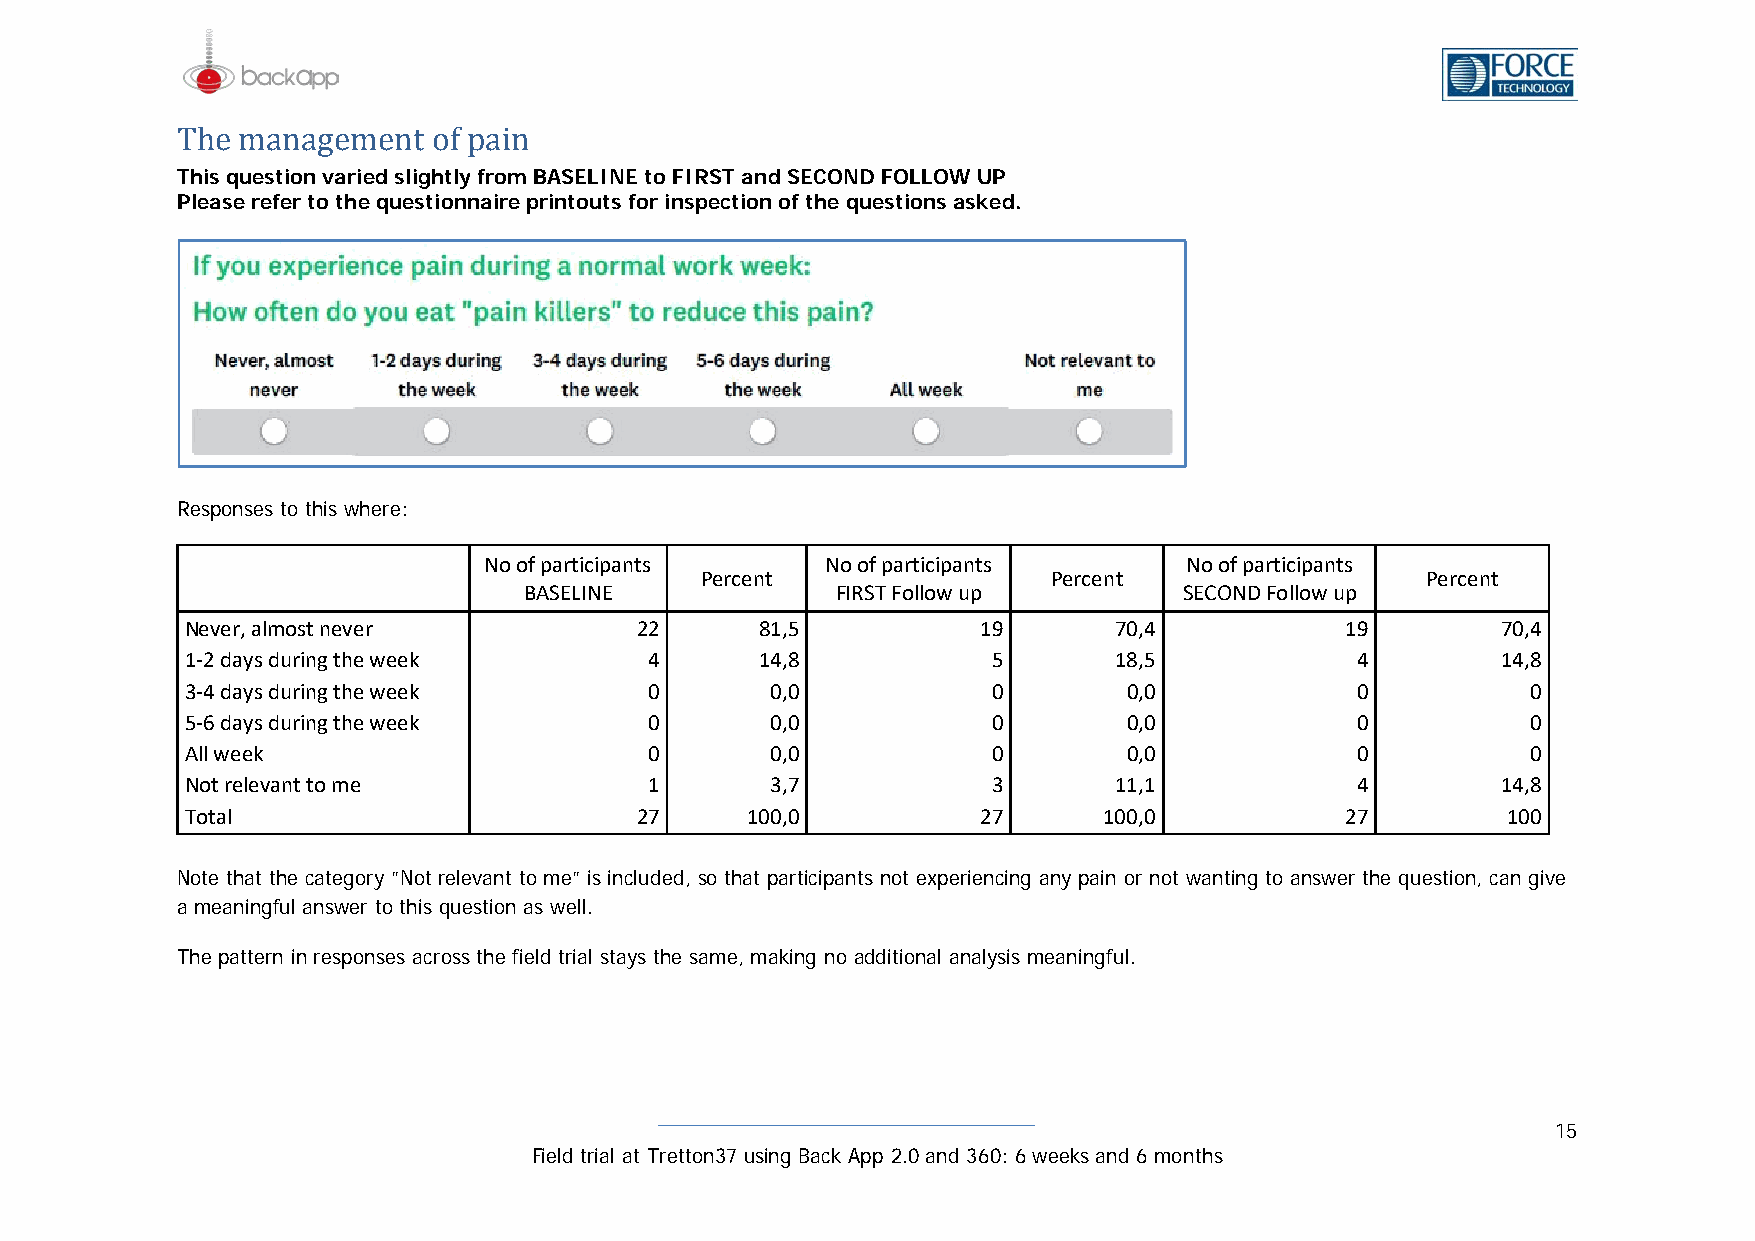
This question varied slightly from BASELINE to FIRST and SECOND FOLLOW UP
 PTlheaes em reafenra tog ethme qeunets toiofn npaairien p rintouts for inspection of the questions asked.
 Responses to this where:
 No of participants     No of participants     No of participants
 Percent                 Percent                 Percent
 BASELINE            FIRST Follow up        SECOND Follow up
 Never, almost never           22      81,5           19       70,4           19        70,4
 1-2 days during the week       4      14,8            5       18,5            4        14,8
 3-4 days during the week       0       0,0            0        0,0            0          0
 5-6 days during the week       0       0,0            0        0,0            0          0
 All week                       0       0,0            0        0,0            0          0
 Not relevant to me             1       3,7            3       11,1            4        14,8
 Total                         27     100,0           27      100,0           27         100
 Note that the category ”Not relevant to me” is included, so that participants not experiencing any pain or not wanting to answer the question, can give
 a meaningful answer to this question as well.
 The pattern in responses across the field trial stays the same, making no additional analysis meaningful.
 15
 Field trial at Tretton37 using Back App 2.0 and 360: 6 weeks and 6 months